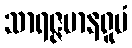
သာရဇ္ဇမာနရူပံ